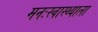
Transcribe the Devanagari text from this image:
मनःस्वास्थ्याला